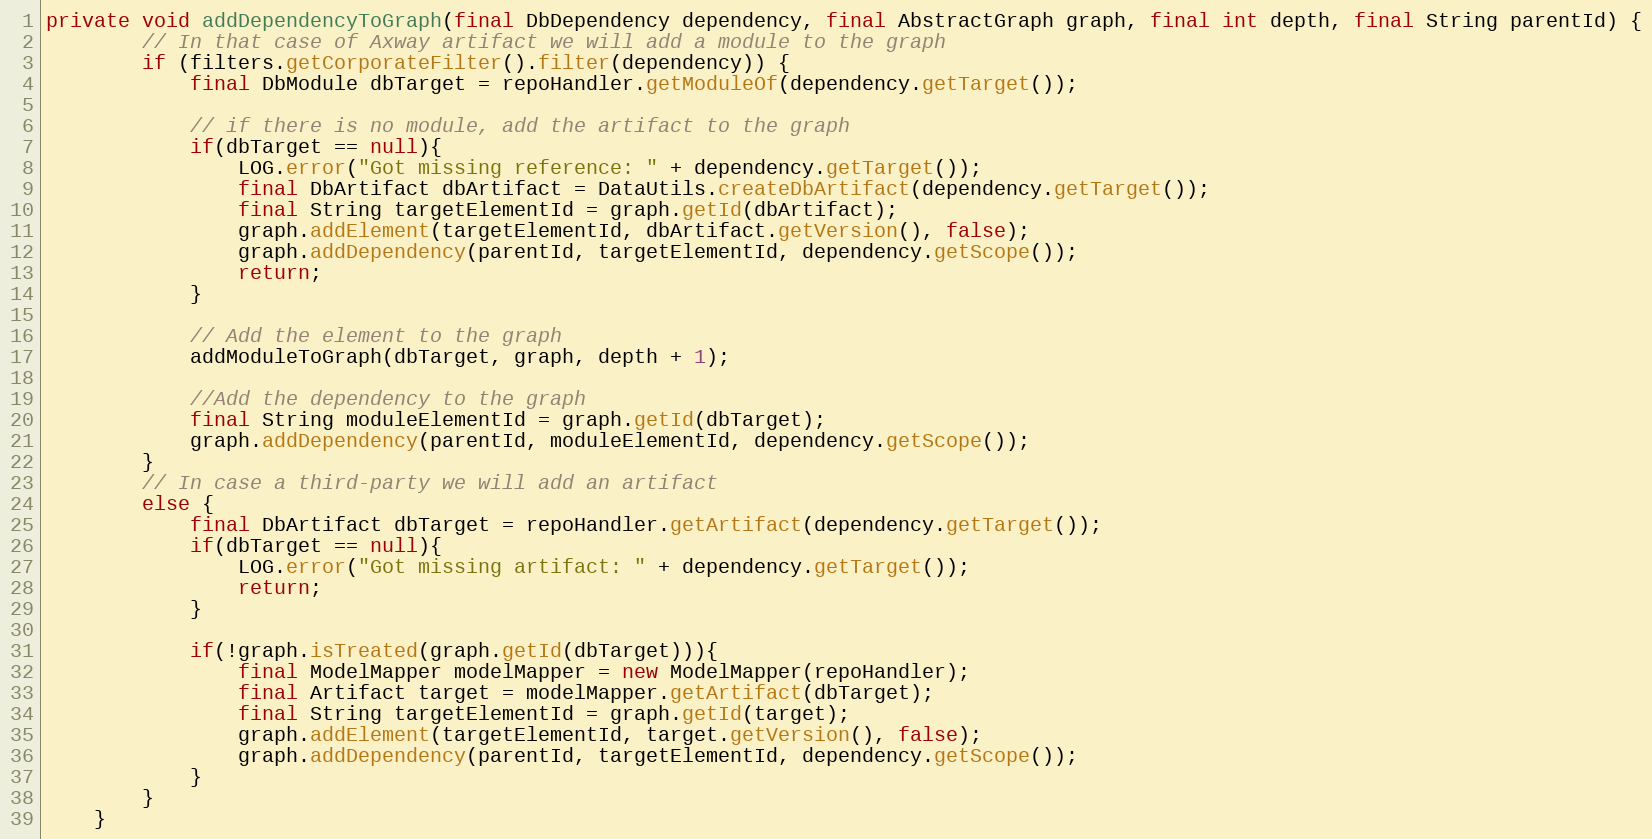
Language: Java
private void addDependencyToGraph(final DbDependency dependency, final AbstractGraph graph, final int depth, final String parentId) {
        // In that case of Axway artifact we will add a module to the graph
        if (filters.getCorporateFilter().filter(dependency)) {
            final DbModule dbTarget = repoHandler.getModuleOf(dependency.getTarget());

            // if there is no module, add the artifact to the graph
            if(dbTarget == null){
                LOG.error("Got missing reference: " + dependency.getTarget());
                final DbArtifact dbArtifact = DataUtils.createDbArtifact(dependency.getTarget());
                final String targetElementId = graph.getId(dbArtifact);
                graph.addElement(targetElementId, dbArtifact.getVersion(), false);
                graph.addDependency(parentId, targetElementId, dependency.getScope());
                return;
            }

            // Add the element to the graph
            addModuleToGraph(dbTarget, graph, depth + 1);

            //Add the dependency to the graph
            final String moduleElementId = graph.getId(dbTarget);
            graph.addDependency(parentId, moduleElementId, dependency.getScope());
        }
        // In case a third-party we will add an artifact
        else {
            final DbArtifact dbTarget = repoHandler.getArtifact(dependency.getTarget());
            if(dbTarget == null){
                LOG.error("Got missing artifact: " + dependency.getTarget());
                return;
            }

            if(!graph.isTreated(graph.getId(dbTarget))){
                final ModelMapper modelMapper = new ModelMapper(repoHandler);
                final Artifact target = modelMapper.getArtifact(dbTarget);
                final String targetElementId = graph.getId(target);
                graph.addElement(targetElementId, target.getVersion(), false);
                graph.addDependency(parentId, targetElementId, dependency.getScope());
            }
        }
    }